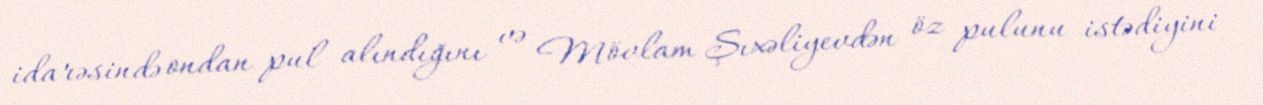
idarəsində ondan pul alındığını və Mövlam Şıxəliyevdən öz pulunu istədiyini